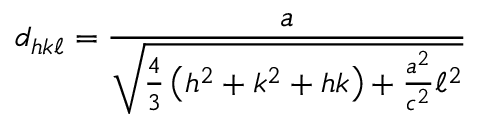
d _ { h k \ell } = { \frac { a } { \sqrt { { \frac { 4 } { 3 } } \left( h ^ { 2 } + k ^ { 2 } + h k \right) + { \frac { a ^ { 2 } } { c ^ { 2 } } } \ell ^ { 2 } } } }